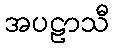
အပဠာသီ